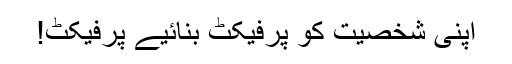
اپنی شخصیت کو پرفیکٹ بنائیے پرفیکٹ!